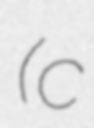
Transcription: (c